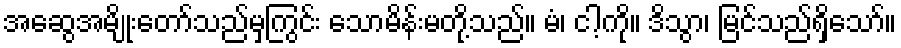
အဆွေအမျိုးတော်သည်မှကြွင်း သောမိန်းမတို့သည်။ မံ၊ ငါ့ကို။ ဒိသွာ၊ မြင်သည်ရှိသော်။